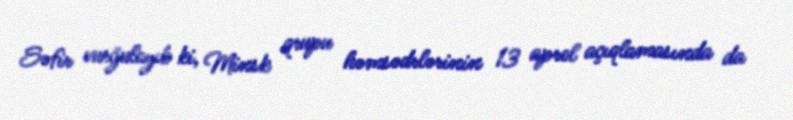
Səfir vurğulayıb ki, Minsk qrupu həmsədrlərinin 13 aprel açıqlamasında da